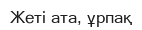
Жеті ата, ұрпақ